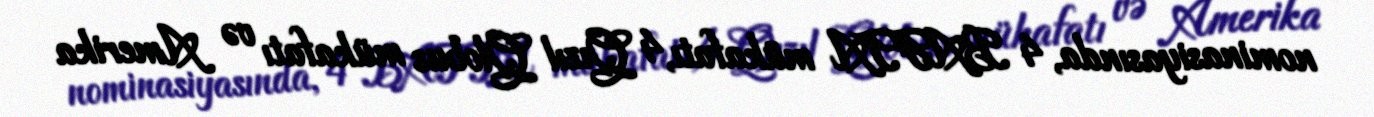
nominasiyasında, 4 BAFTA mükafatı, 4 Qızıl Qlobus mükafatı və Amerika